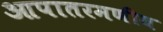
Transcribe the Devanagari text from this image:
आपातरमणीय